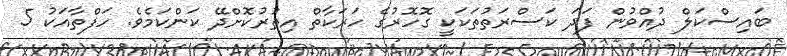
ބައިސްކަލް ދުއްވުން ފަދަ ކަސްރަތުތަކަކީ ގޮހޮރުގެ ހަރަކާތް އިތުރުކޮށްދޭ ކަންކަމެވެ. ހަފްތާއަކު 5